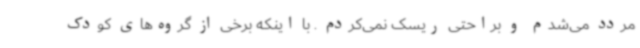
مردد می‌شدم و براحتی ریسک نمی‌کردم . با اینکه برخی از گروه‌های کودک